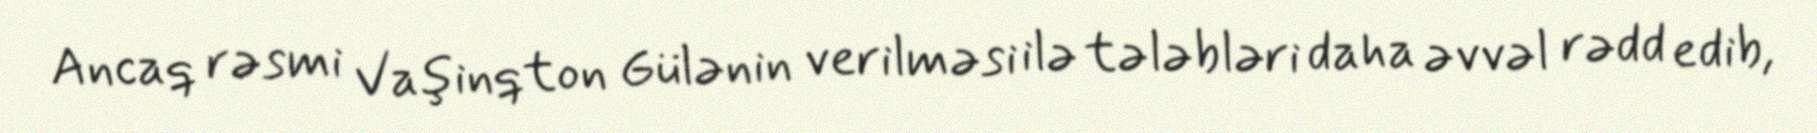
Ancaq rəsmi Vaşinqton Gülənin verilməsi ilə tələbləri daha əvvəl rədd edib,